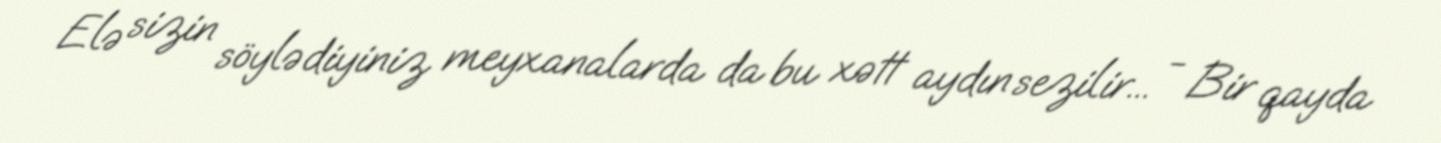
Elə sizin söylədiyiniz meyxanalarda da bu xətt aydın sezilir... - Bir qayda